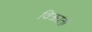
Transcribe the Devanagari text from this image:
विक्रांती